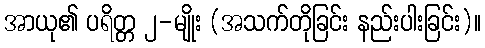
အာယု၏ ပရိတ္တ ၂-မျိုး (အသက်တိုခြင်း နည်းပါးခြင်း)။